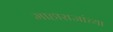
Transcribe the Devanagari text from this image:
माहाराजांच्या